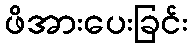
ဖိအားပေးခြင်း